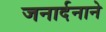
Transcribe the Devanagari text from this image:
जनार्दनाने